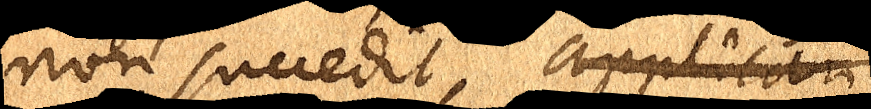
non succedit, applicari